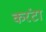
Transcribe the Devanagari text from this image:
करंटा